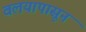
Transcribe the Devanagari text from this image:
वलयापासून